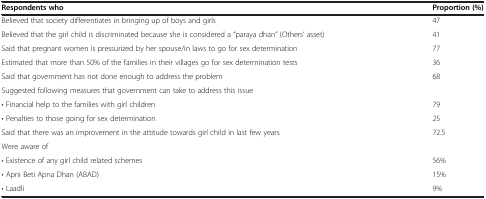
<table><thead><tr><td><b>Respondents who</b></td><td><b>Proportion (%)</b></td></tr></thead><tbody><tr><td>Believed that society differentiates in bringing up of boys and girls</td><td>47</td></tr><tr><td>Believed that the girl child is discriminated because she is considered a “paraya dhan” (Others’ asset)</td><td>41</td></tr><tr><td>Said that pregnant women is pressurized by her spouse/in laws to go for sex determination</td><td>77</td></tr><tr><td>Estimated that more than 50% of the families in their villages go for sex determination tests</td><td>36</td></tr><tr><td>Said that government has not done enough to address the problem</td><td>68</td></tr><tr><td>Suggested following measures that government can take to address this issue</td><td> </td></tr><tr><td>• Financial help to the families with girl children</td><td>79</td></tr><tr><td>• Penalties to those going for sex determination</td><td>25</td></tr><tr><td>Said that there was an improvement in the attitude towards girl child in last few years</td><td>72.5</td></tr><tr><td>Were aware of</td><td> </td></tr><tr><td>• Existence of any girl child related schemes</td><td>56%</td></tr><tr><td>• Apni Beti Apna Dhan (ABAD)</td><td>15%</td></tr><tr><td>• Laadli</td><td>9%</td></tr></tbody></table>